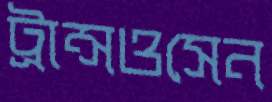
ট্রান্সওসেন